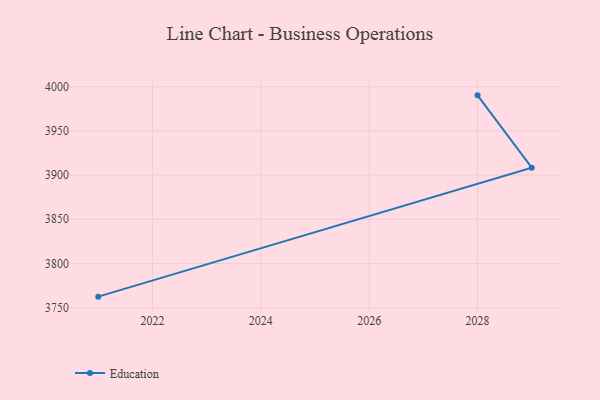
{"axis": {"x": "Year", "y": "Inventory Turnover"}, "legend": ["Education"], "data": [{"x": "2028", "y": 3990.2, "type": "Education"}, {"x": "2029", "y": 3908.4, "type": "Education"}, {"x": "2021", "y": 3762.5, "type": "Education"}]}